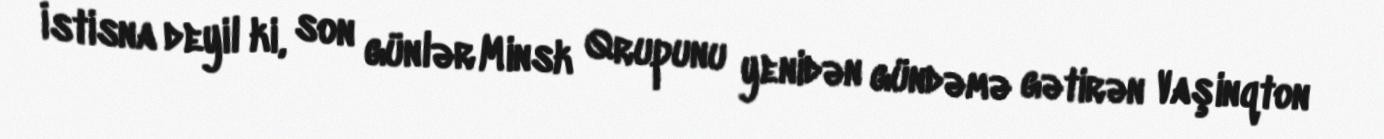
İstisna deyil ki, son günlər Minsk Qrupunu yenidən gündəmə gətirən Vaşinqton